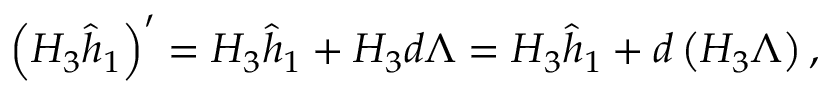
\left( H _ { 3 } \widehat h _ { 1 } \right) ^ { \prime } = H _ { 3 } \widehat h _ { 1 } + H _ { 3 } d \Lambda = H _ { 3 } \widehat h _ { 1 } + d \left( H _ { 3 } \Lambda \right) ,